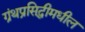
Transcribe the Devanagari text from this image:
ग्रंथप्रसिद्धीमधील